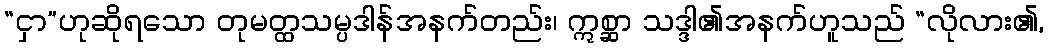
“ငှာ”ဟုဆိုရသော တုမတ္ထသမ္ပဒါန်အနက်တည်း၊ ဣစ္ဆာ သဒ္ဒါ၏အနက်ဟူသည် “လိုလား၏,